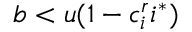
b < u ( 1 - c _ { i } ^ { r } i ^ { * } )